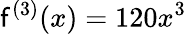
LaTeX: \mathsf{f}^{(3)}(x)=120x^{3}